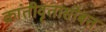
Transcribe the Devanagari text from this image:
क्रांतीवृतासोबत